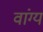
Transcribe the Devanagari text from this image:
वांग्य